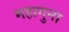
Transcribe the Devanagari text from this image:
महागुना